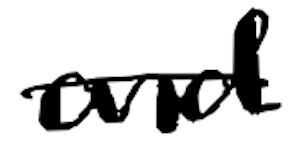
Text: and
Cross-out: single-line
Writing tool: digital_black